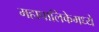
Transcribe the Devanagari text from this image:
महापालिकेमध्ये